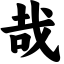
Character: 哉